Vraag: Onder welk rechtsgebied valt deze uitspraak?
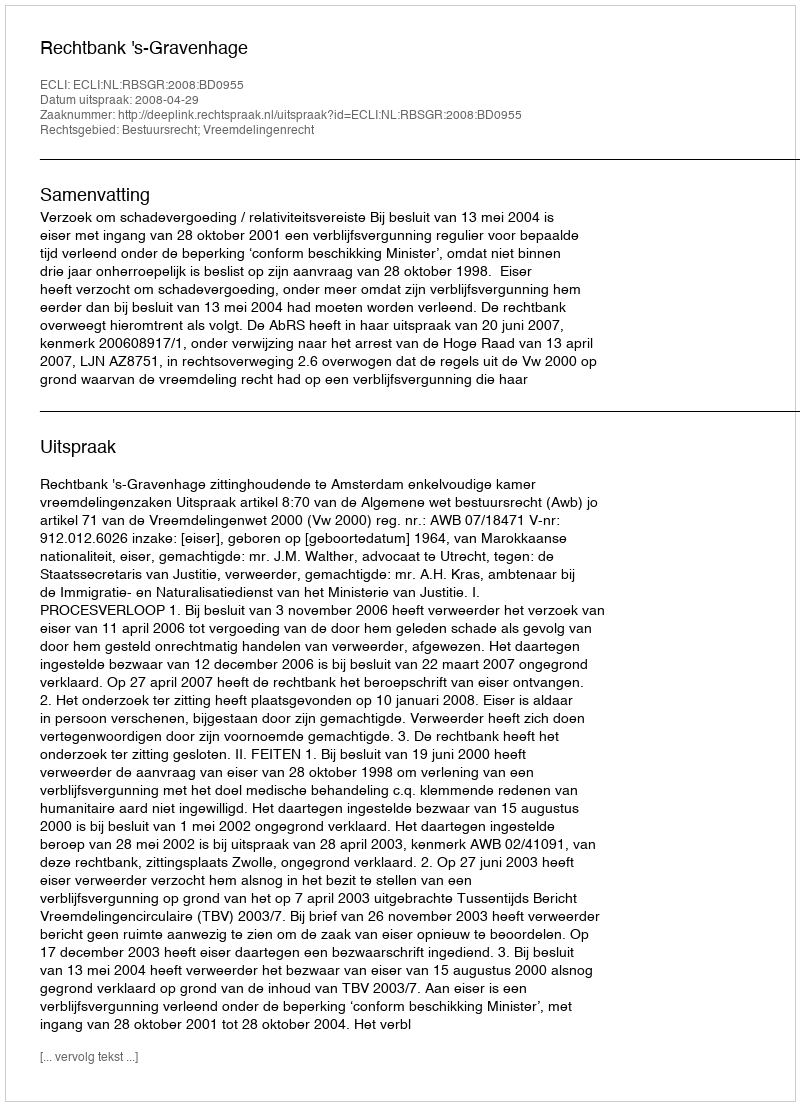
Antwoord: Bestuursrecht; Vreemdelingenrecht